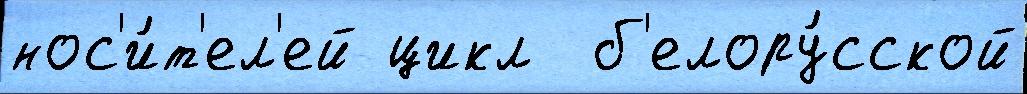
нос'и́т'ел'ей цикл  б'елору́сской